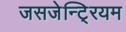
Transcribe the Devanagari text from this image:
जसजेन्टि्रयम